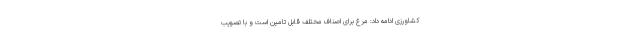
کشاورزی ادامه داد: مرغ برای اصناف مختلف قابل تامین است و با تصویب